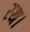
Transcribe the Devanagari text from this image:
रथ।